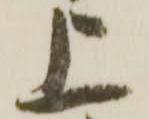
上